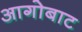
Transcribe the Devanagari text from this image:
आगोबाट